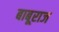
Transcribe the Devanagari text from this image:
बाबूराज